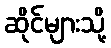
ဆိုင်များသို့